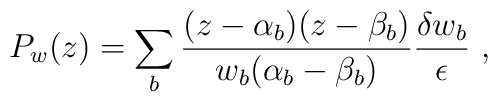
P_w(z)= \sum_b\frac{(z-\alpha _b)(z-\beta _b)}{w_b(\alpha _b-\beta _b)}\frac{\delta w_b}{\epsilon }\ ,